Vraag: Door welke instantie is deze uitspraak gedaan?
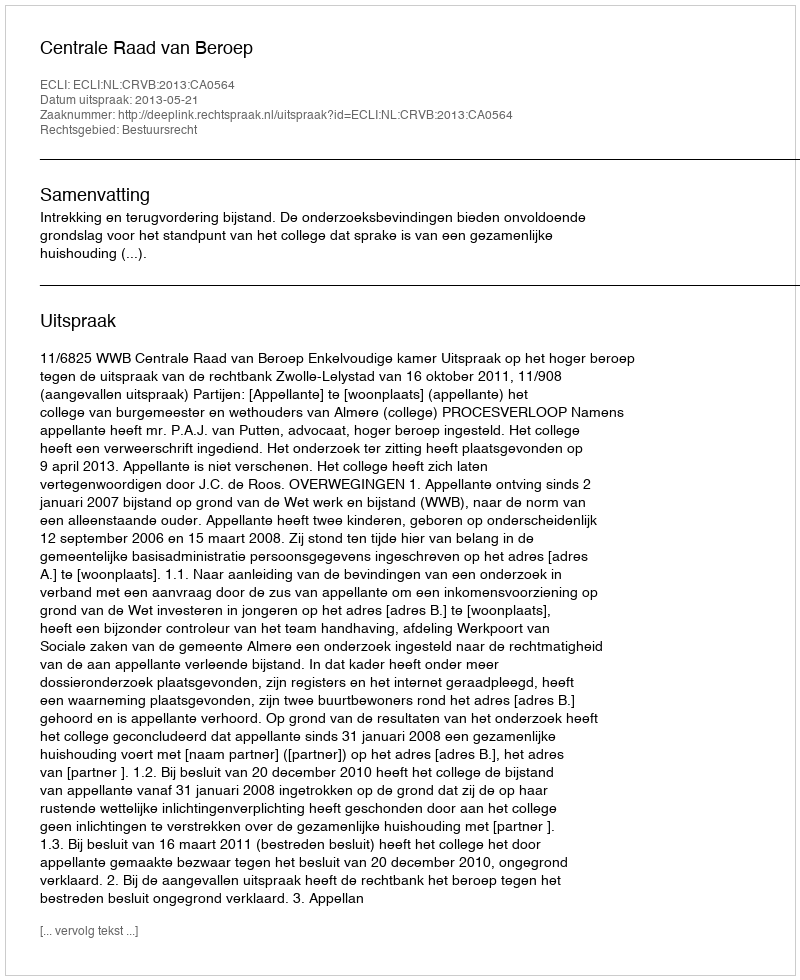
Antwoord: Centrale Raad van Beroep